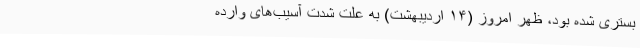
بستری شده بود، ظهر امروز (۱۴ اردیبهشت) به علت شدت آسیب‌های وارده